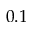
0 . 1